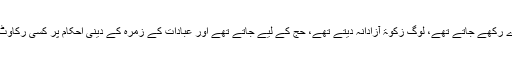
مسجدیں آباد تھیں، روزے رکھے جاتے تھے، لوگ زکوٰۃ آزادانہ دیتے تھے، حج کے لیے جاتے تھے اور عبادات کے زمرہ کے دینی احکام پر کسی رکاوٹ کے بغیر عمل ہوتا تھا۔